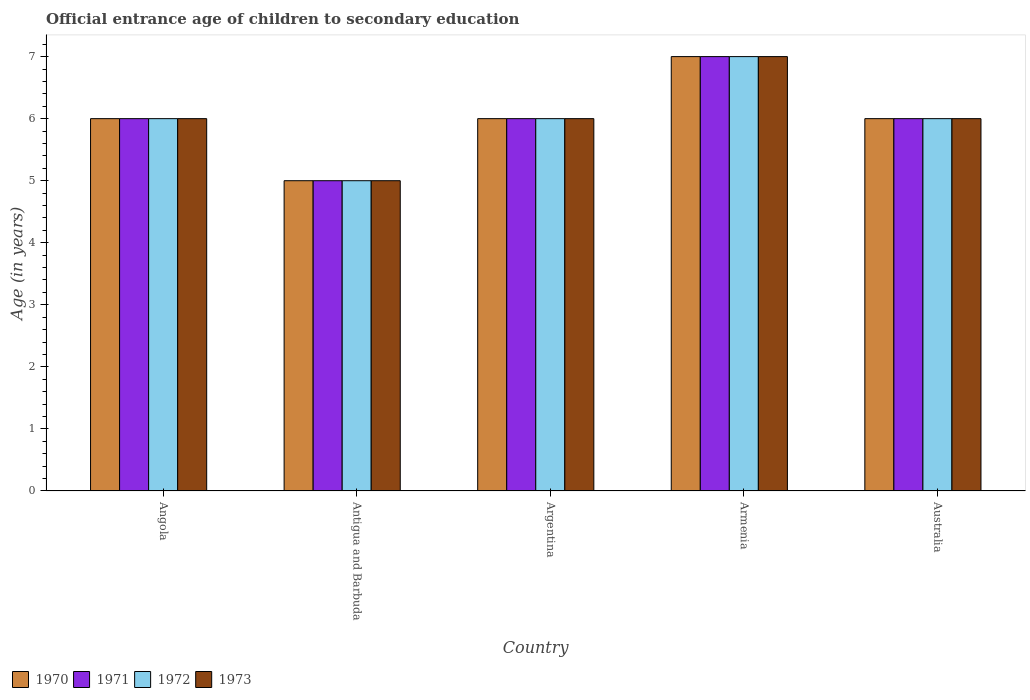
| Country | 1970 | 1971 | 1972 | 1973 |
 | --- | --- | --- | --- | --- |
 | Angola | 6 | 6 | 6 | 6 |
 | Antigua and Barbuda | 5 | 5 | 5 | 5 |
 | Argentina | 6 | 6 | 6 | 6 |
 | Armenia | 7 | 7 | 7 | 7 |
 | Australia | 6 | 6 | 6 | 6 |